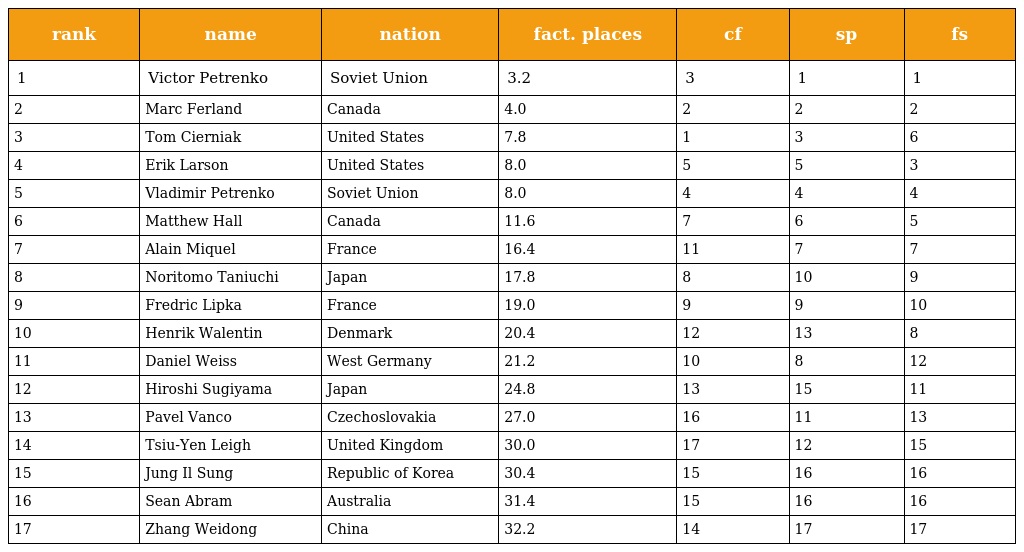
| rank | name | nation | fact. places | cf | sp | fs |
 | --- | --- | --- | --- | --- | --- | --- |
 | 1 | Victor Petrenko | Soviet Union | 3.2 | 3 | 1 | 1 |
 | 2 | Marc Ferland | Canada | 4.0 | 2 | 2 | 2 |
 | 3 | Tom Cierniak | United States | 7.8 | 1 | 3 | 6 |
 | 4 | Erik Larson | United States | 8.0 | 5 | 5 | 3 |
 | 5 | Vladimir Petrenko | Soviet Union | 8.0 | 4 | 4 | 4 |
 | 6 | Matthew Hall | Canada | 11.6 | 7 | 6 | 5 |
 | 7 | Alain Miquel | France | 16.4 | 11 | 7 | 7 |
 | 8 | Noritomo Taniuchi | Japan | 17.8 | 8 | 10 | 9 |
 | 9 | Fredric Lipka | France | 19.0 | 9 | 9 | 10 |
 | 10 | Henrik Walentin | Denmark | 20.4 | 12 | 13 | 8 |
 | 11 | Daniel Weiss | West Germany | 21.2 | 10 | 8 | 12 |
 | 12 | Hiroshi Sugiyama | Japan | 24.8 | 13 | 15 | 11 |
 | 13 | Pavel Vanco | Czechoslovakia | 27.0 | 16 | 11 | 13 |
 | 14 | Tsiu-Yen Leigh | United Kingdom | 30.0 | 17 | 12 | 15 |
 | 15 | Jung Il Sung | Republic of Korea | 30.4 | 15 | 16 | 16 |
 | 16 | Sean Abram | Australia | 31.4 | 15 | 16 | 16 |
 | 17 | Zhang Weidong | China | 32.2 | 14 | 17 | 17 |